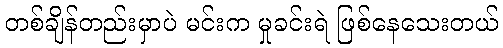
တစ်ချိန်တည်းမှာပဲ မင်းက မှုခင်းရဲ ဖြစ်နေသေးတယ်